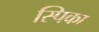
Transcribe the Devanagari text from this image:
स्पिका